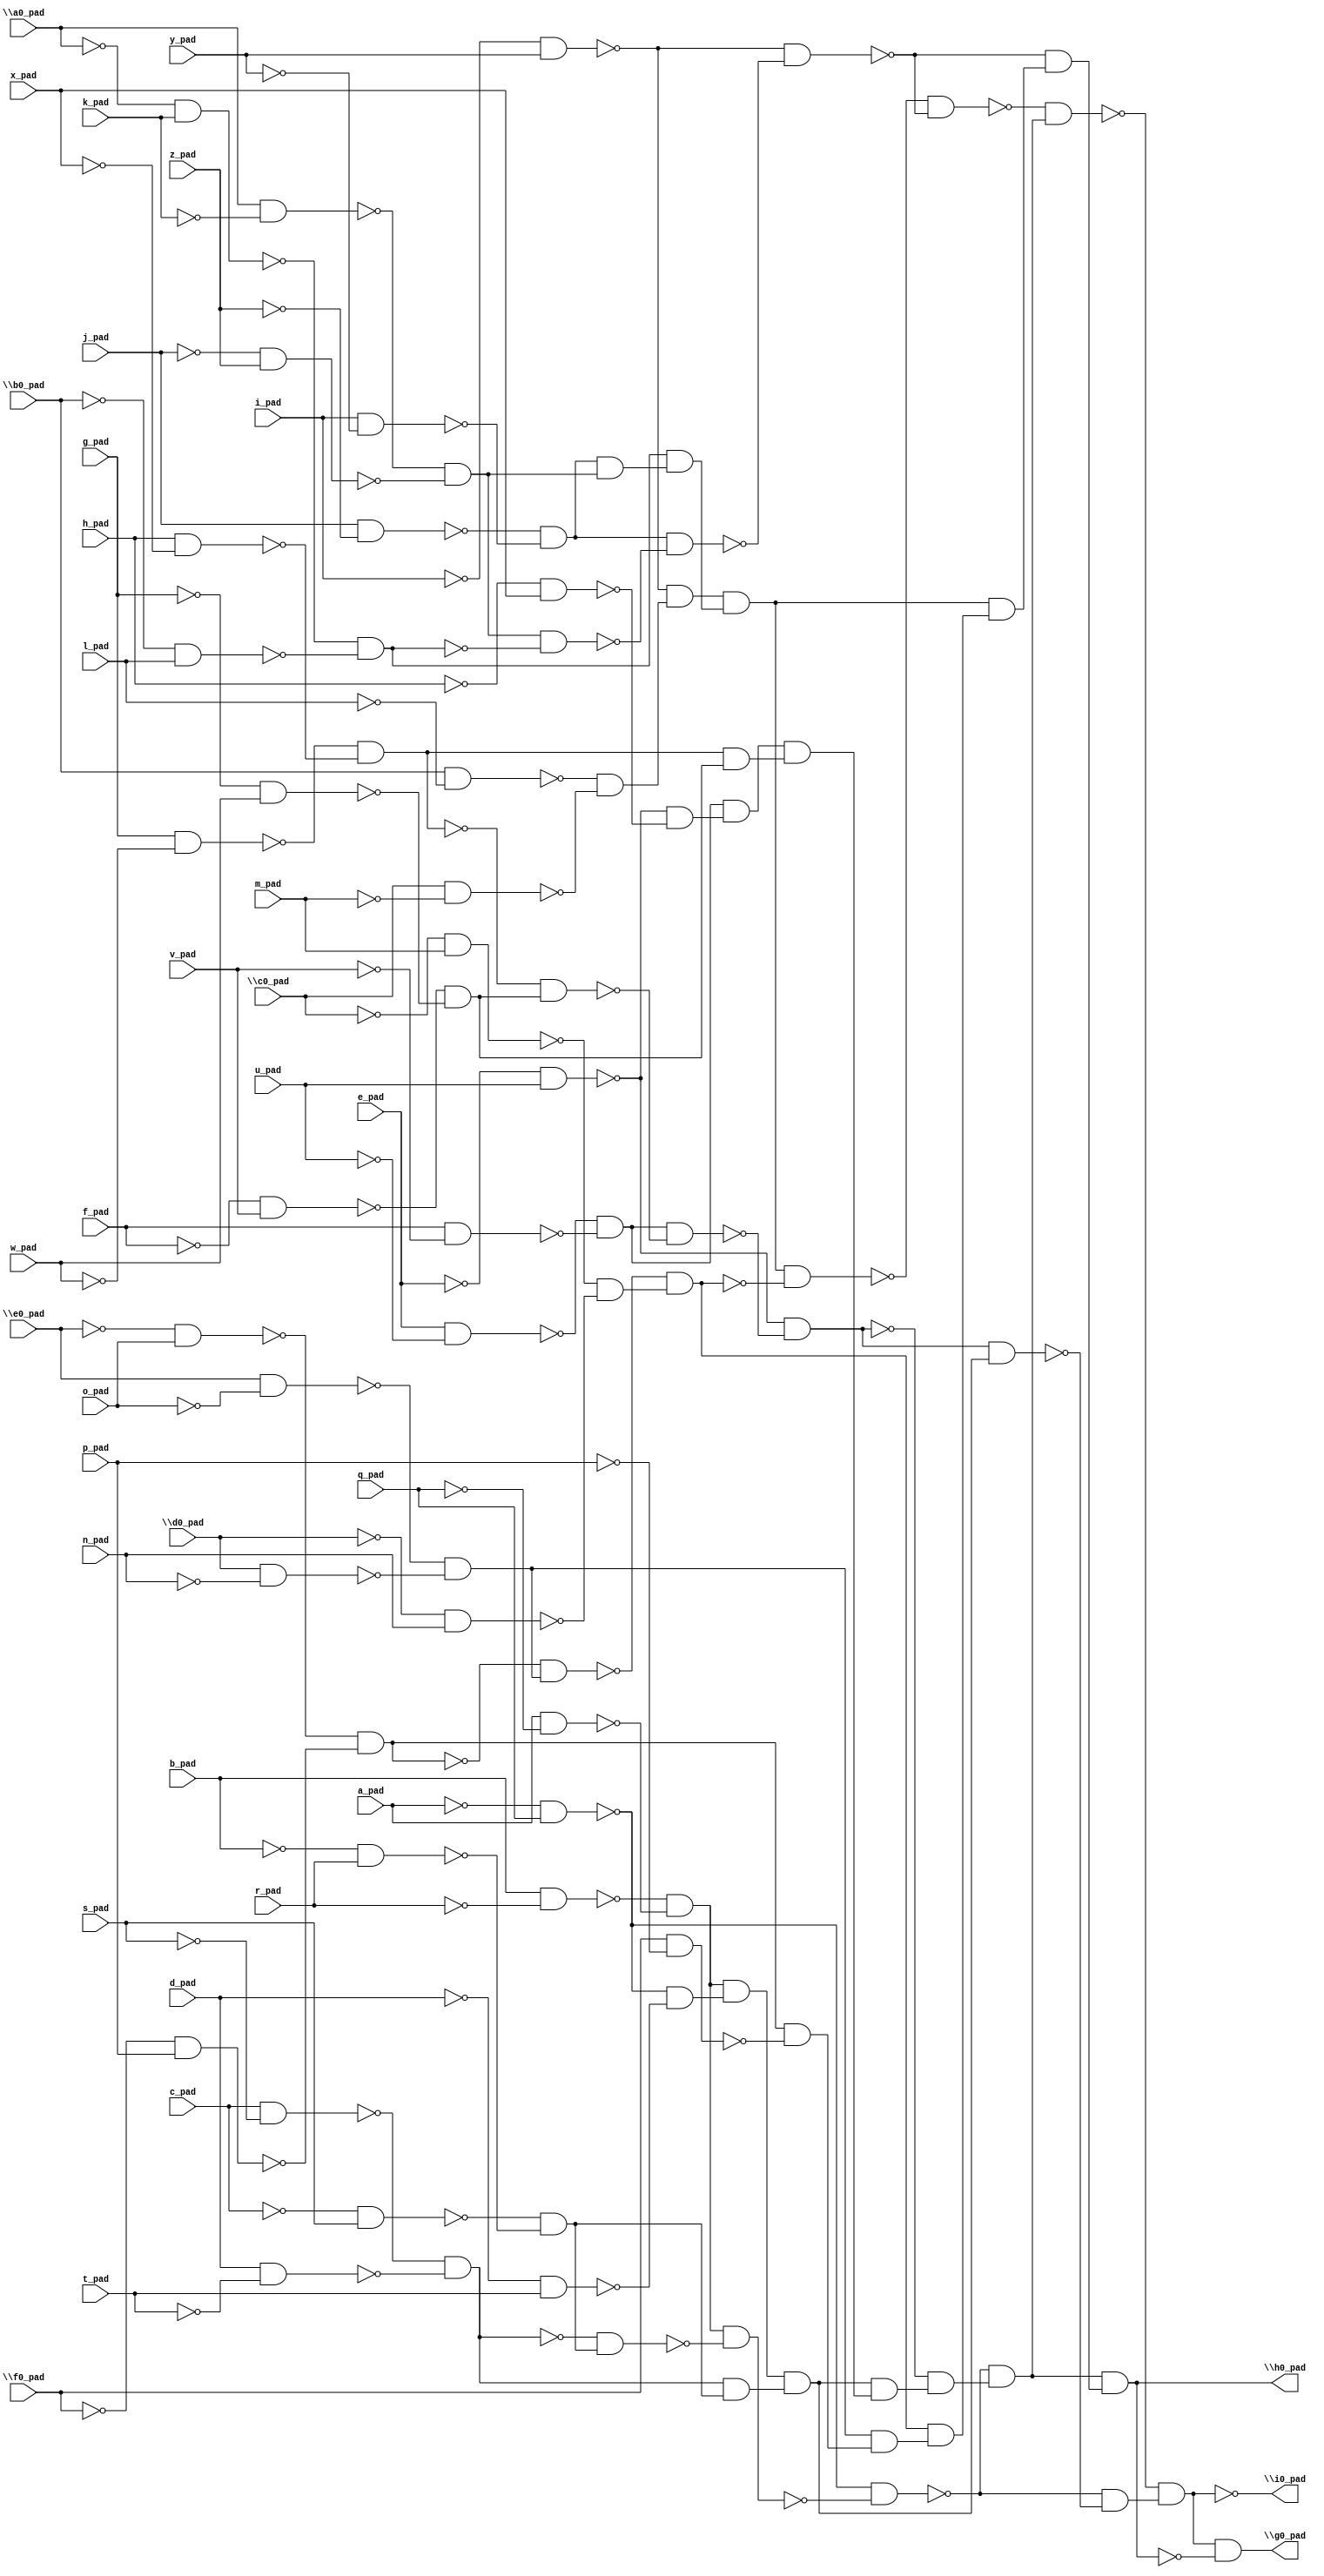
module top( \a0_pad  , a_pad , \b0_pad  , b_pad , \c0_pad  , c_pad , \d0_pad  , d_pad , \e0_pad  , e_pad , \f0_pad  , f_pad , g_pad , h_pad , i_pad , j_pad , k_pad , l_pad , m_pad , n_pad , o_pad , p_pad , q_pad , r_pad , s_pad , t_pad , u_pad , v_pad , w_pad , x_pad , y_pad , z_pad , \g0_pad  , \h0_pad  , \i0_pad  );
  input \a0_pad  ;
  input a_pad ;
  input \b0_pad  ;
  input b_pad ;
  input \c0_pad  ;
  input c_pad ;
  input \d0_pad  ;
  input d_pad ;
  input \e0_pad  ;
  input e_pad ;
  input \f0_pad  ;
  input f_pad ;
  input g_pad ;
  input h_pad ;
  input i_pad ;
  input j_pad ;
  input k_pad ;
  input l_pad ;
  input m_pad ;
  input n_pad ;
  input o_pad ;
  input p_pad ;
  input q_pad ;
  input r_pad ;
  input s_pad ;
  input t_pad ;
  input u_pad ;
  input v_pad ;
  input w_pad ;
  input x_pad ;
  input y_pad ;
  input z_pad ;
  output \g0_pad  ;
  output \h0_pad  ;
  output \i0_pad  ;
  wire n33 , n34 , n35 , n36 , n37 , n38 , n39 , n40 , n41 , n42 , n43 , n44 , n45 , n46 , n47 , n48 , n49 , n50 , n51 , n52 , n53 , n54 , n55 , n56 , n57 , n58 , n59 , n60 , n61 , n62 , n63 , n64 , n65 , n66 , n67 , n68 , n69 , n70 , n71 , n72 , n73 , n74 , n75 , n76 , n77 , n78 , n79 , n80 , n81 , n82 , n83 , n84 , n85 , n86 , n87 , n88 , n89 , n90 , n91 , n92 , n93 , n94 , n95 , n96 , n97 , n98 , n99 , n100 , n101 , n102 , n103 , n104 , n105 , n106 , n107 , n108 , n109 , n110 , n111 , n112 , n113 , n114 , n115 , n116 ;
  assign n38 = ~i_pad & y_pad ;
  assign n36 = \b0_pad  & ~l_pad ;
  assign n37 = \c0_pad  & ~m_pad ;
  assign n45 = ~n36 & ~n37 ;
  assign n46 = ~n38 & n45 ;
  assign n42 = ~\a0_pad  & k_pad ;
  assign n43 = ~\b0_pad  & l_pad ;
  assign n44 = ~n42 & ~n43 ;
  assign n33 = j_pad & ~z_pad ;
  assign n34 = i_pad & ~y_pad ;
  assign n35 = ~n33 & ~n34 ;
  assign n39 = \a0_pad  & ~k_pad ;
  assign n40 = ~j_pad & z_pad ;
  assign n41 = ~n39 & ~n40 ;
  assign n47 = n35 & n41 ;
  assign n48 = n44 & n47 ;
  assign n49 = n46 & n48 ;
  assign n51 = ~\e0_pad  & o_pad ;
  assign n52 = ~\f0_pad  & p_pad ;
  assign n53 = ~n51 & ~n52 ;
  assign n54 = \e0_pad  & ~o_pad ;
  assign n55 = \d0_pad  & ~n_pad ;
  assign n56 = ~n54 & ~n55 ;
  assign n57 = ~n53 & n56 ;
  assign n50 = ~\c0_pad  & m_pad ;
  assign n58 = ~\d0_pad  & n_pad ;
  assign n59 = ~n50 & ~n58 ;
  assign n60 = ~n57 & n59 ;
  assign n61 = n49 & ~n60 ;
  assign n62 = n41 & ~n44 ;
  assign n63 = n35 & ~n62 ;
  assign n64 = ~n38 & ~n63 ;
  assign n65 = ~n61 & ~n64 ;
  assign n82 = ~a_pad & q_pad ;
  assign n79 = b_pad & ~r_pad ;
  assign n80 = a_pad & ~q_pad ;
  assign n81 = ~n79 & ~n80 ;
  assign n84 = c_pad & ~s_pad ;
  assign n85 = d_pad & ~t_pad ;
  assign n86 = ~n84 & ~n85 ;
  assign n87 = ~c_pad & s_pad ;
  assign n88 = ~b_pad & r_pad ;
  assign n89 = ~n87 & ~n88 ;
  assign n94 = ~n86 & n89 ;
  assign n95 = n81 & ~n94 ;
  assign n96 = ~n82 & ~n95 ;
  assign n66 = ~e_pad & u_pad ;
  assign n67 = e_pad & ~u_pad ;
  assign n68 = f_pad & ~v_pad ;
  assign n69 = ~n67 & ~n68 ;
  assign n70 = g_pad & ~w_pad ;
  assign n71 = h_pad & ~x_pad ;
  assign n72 = ~n70 & ~n71 ;
  assign n73 = ~f_pad & v_pad ;
  assign n74 = ~g_pad & w_pad ;
  assign n75 = ~n73 & ~n74 ;
  assign n76 = ~n72 & n75 ;
  assign n77 = n69 & ~n76 ;
  assign n78 = ~n66 & ~n77 ;
  assign n83 = ~d_pad & t_pad ;
  assign n90 = ~n82 & ~n83 ;
  assign n91 = n81 & n90 ;
  assign n92 = n86 & n89 ;
  assign n93 = n91 & n92 ;
  assign n97 = ~h_pad & x_pad ;
  assign n98 = ~n66 & ~n97 ;
  assign n99 = n69 & n98 ;
  assign n100 = n72 & n75 ;
  assign n101 = n99 & n100 ;
  assign n102 = n93 & n101 ;
  assign n103 = ~n78 & n102 ;
  assign n104 = ~n96 & n103 ;
  assign n105 = ~n65 & n104 ;
  assign n106 = n78 & n93 ;
  assign n107 = ~n96 & ~n106 ;
  assign n108 = ~n105 & n107 ;
  assign n109 = \f0_pad  & ~p_pad ;
  assign n110 = n53 & ~n109 ;
  assign n111 = n56 & n110 ;
  assign n112 = n60 & n111 ;
  assign n113 = n49 & n112 ;
  assign n114 = ~n64 & n113 ;
  assign n115 = n104 & n114 ;
  assign n116 = n108 & ~n115 ;
  assign \g0_pad  = n116 ;
  assign \h0_pad  = n115 ;
  assign \i0_pad  = ~n108 ;
endmodule